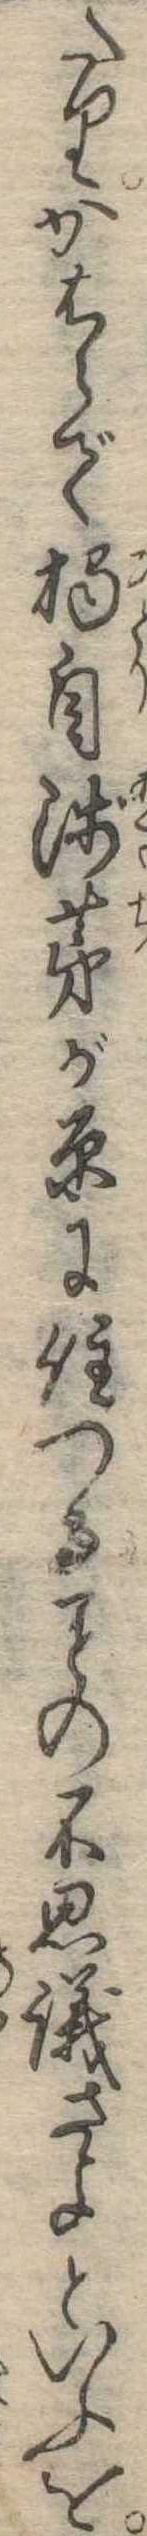
たりかはらで濁自浅茅が原に住つるの不思議さよといふを